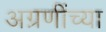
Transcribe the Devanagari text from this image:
अग्रणींच्या